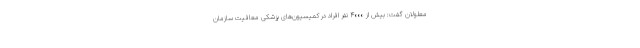
معلولان گفت: بیش از ۴۰۰۰ نفر افراد در کمیسیون‌های پزشکی معافیت سازمان